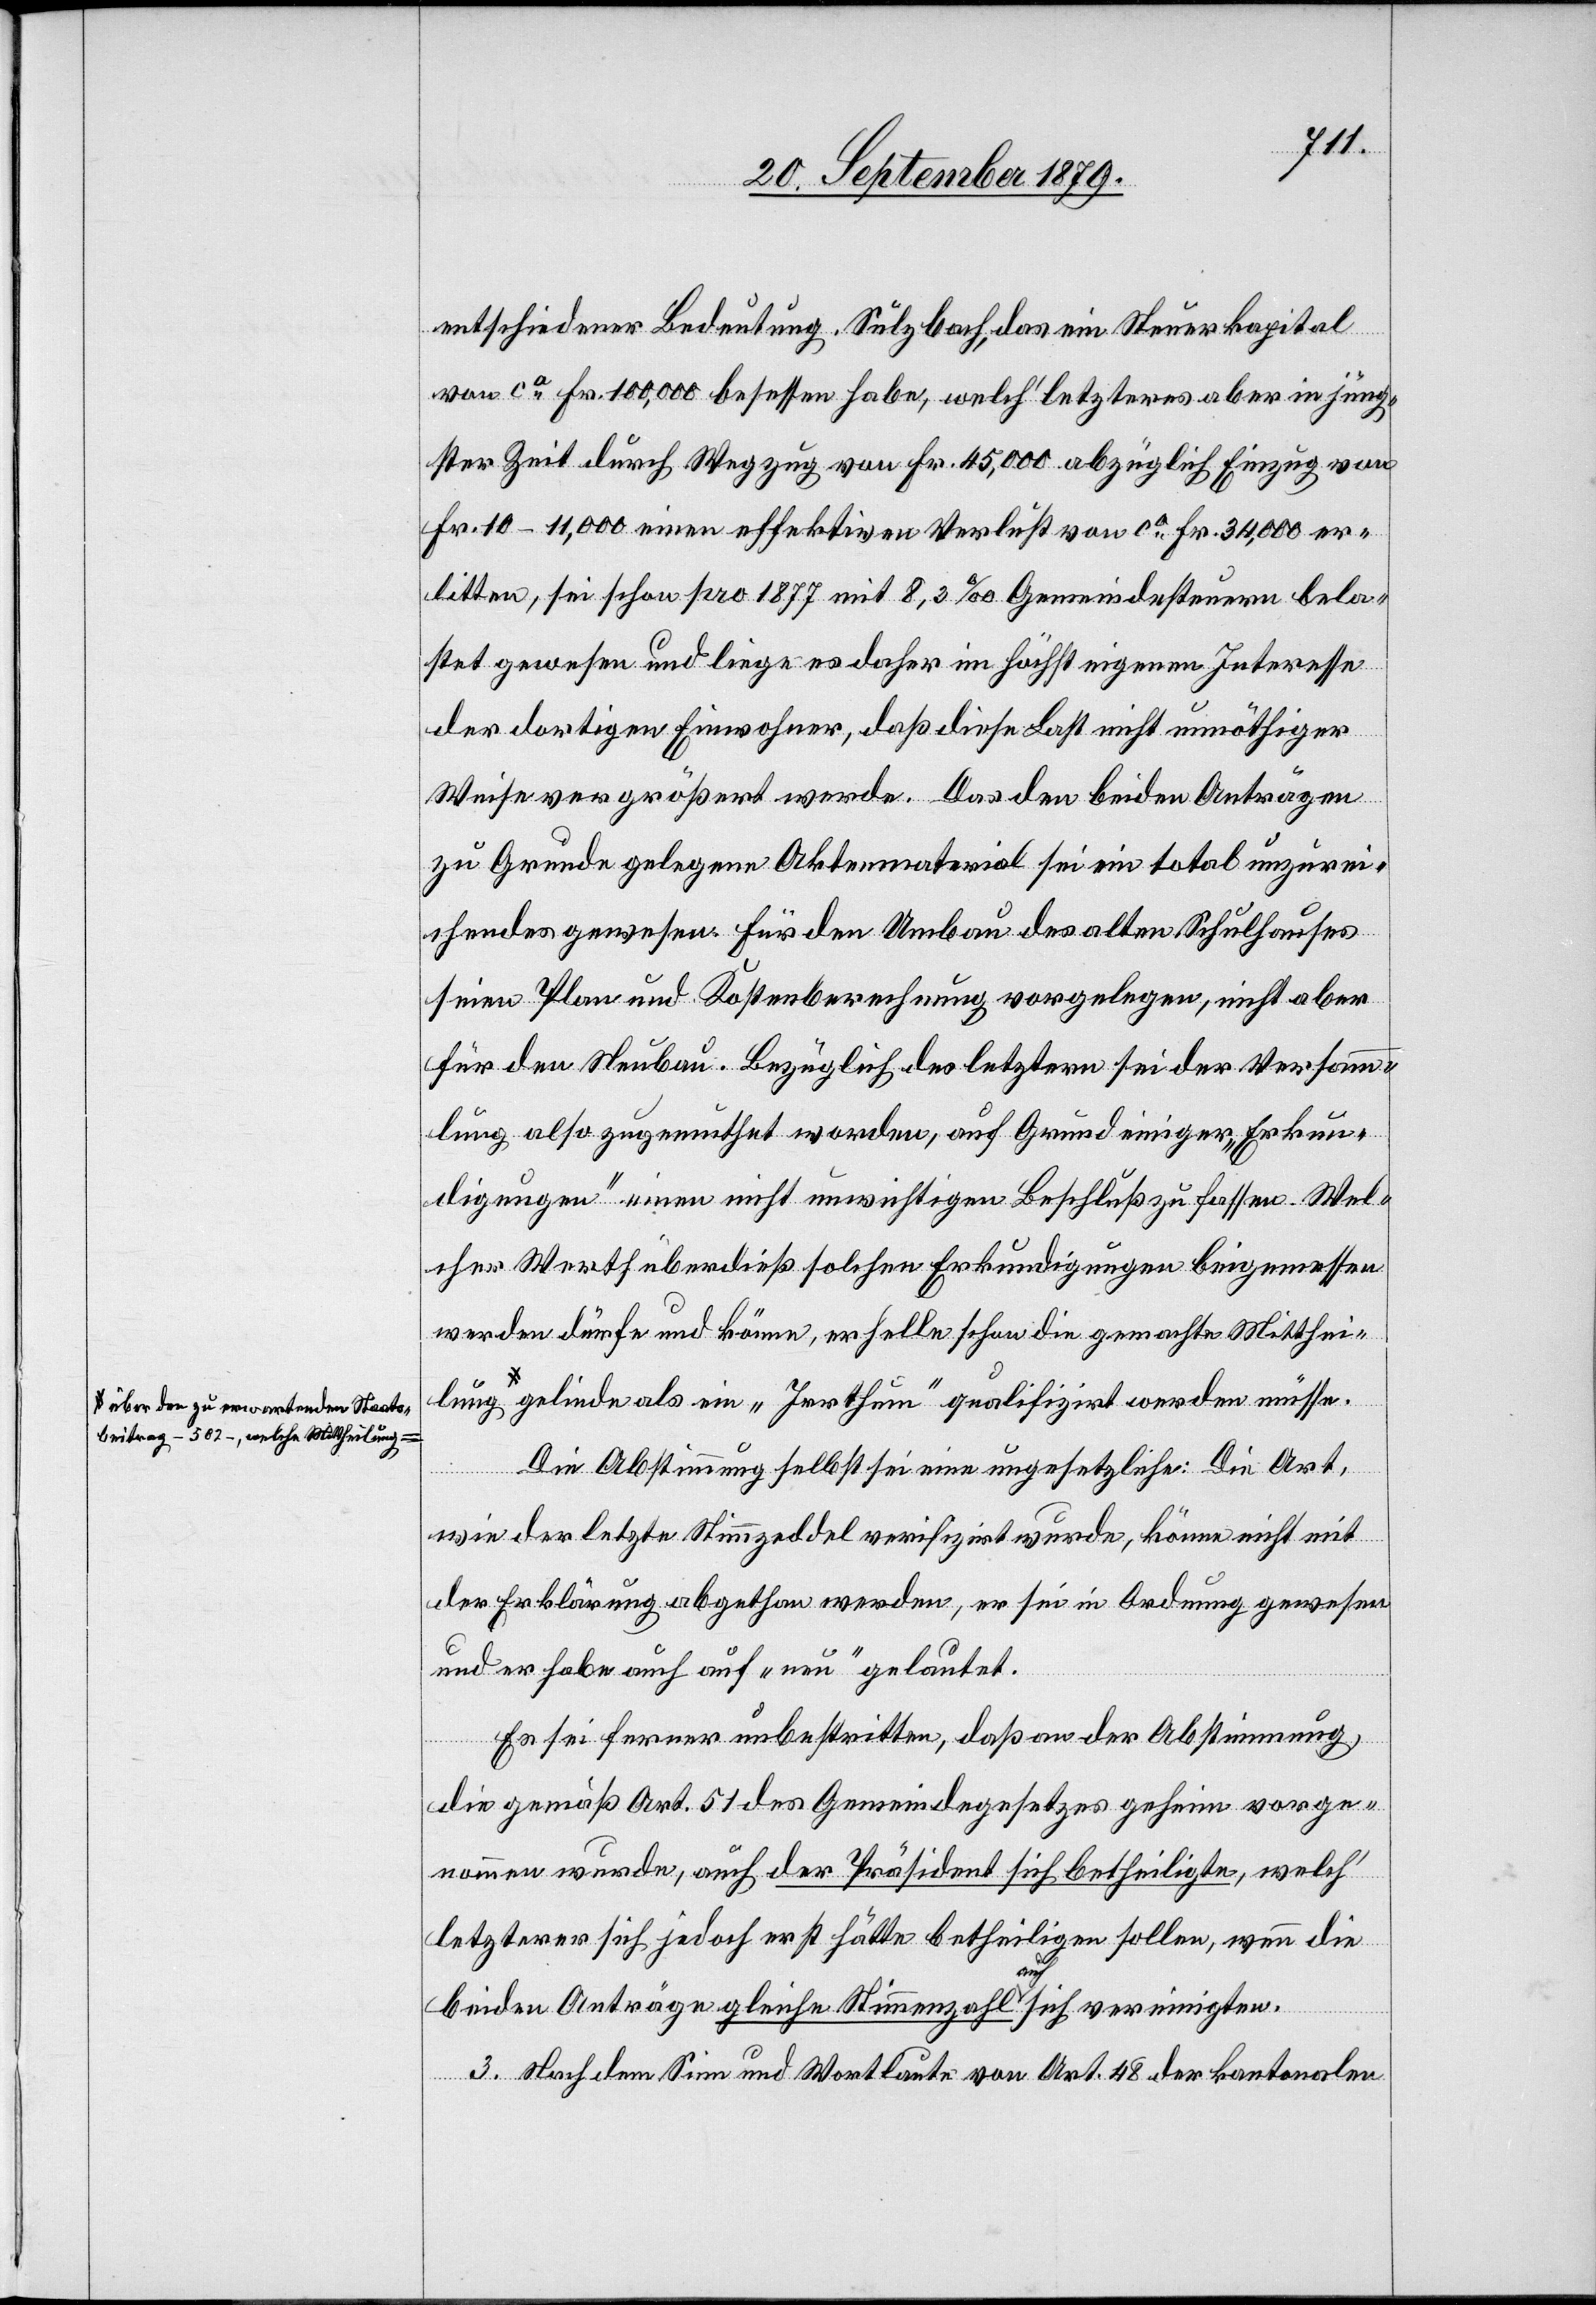
a-über den zu erwartenden Staats¬
beitrag – 507 – welche Mittheilung-a

entscheidender Bedeutung. Sulzbach, das ein Steuerkapital
von ca Fr. 100,000 besessen habe, welch’ letzteres aber in jüng¬
ster Zeit durch Wegzug von Fr. 45,000 abzüglich Einzug von
Fr. 10–11,000 einen effektiven Verlust von ca Fr. 34,000 er¬
litten, sei schon pro 1877 mit 8,3‰ Gemeindesteuern bela¬
stet gewesen und liege es daher in höchst eigenem Interesse
der dortigen Einwohner, daß diese Last nicht unnöthiger
Weise vergrößert werde. Das den beiden Anträgen
zu Grunde gelegene Aktenmaterial sei ein total unzurei¬
chendes gewesen für den Umbau des alten Schulhauses
seien Plan und Kostenberechnung vorgelegen, nicht aber
für den Neubau. Bezüglich des letztern sei der Versamm¬
lung also zugemuthet worden, auf Grund einiger „Erkun¬
digungen“ einen nicht unwichtigen Beschluß zu fassen. Wel¬
cher Werth überdieß solchen Erkundigungen beigemessen
werden dürfe und könne, erhelle schon die gemachte Mittheil¬
gelinde als ein „Irrthum“ qualifizirt werden müsse.
Die Abstimmung selbst sei eine ungesetzliche: Die Art,
wie der letzte Stimmzeddel verifizirt wurde, könne nicht mit
der Erklärung abgethan werden, er sei in Ordnung gewesen
und er habe auch auf „neu“ gelautet.
Es sei ferner unbestritten, daß an der Abstimmung,
die gemäß Art. 51 des Gemeindegesetzes geheim vorge¬
nommen wurde, auch der Präsident sich betheiligte, welch’
letzterer sich jedoch erst hätte betheiligen sollen, wenn die
ung
beiden Anträge gleiche Stimmenzahl auf sich vereinigten.
3. Nach dem Sinn und Wortlaute von Art. 48 der kantonalen